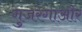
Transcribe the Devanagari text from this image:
गुजरेगाऔर